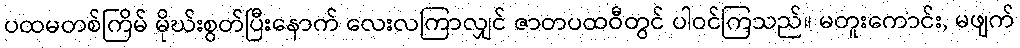
ပထမတစ်ကြိမ် မိုဃ်းစွတ်ပြီးနောက် လေးလကြာလျှင် ဇာတပထဝီတွင် ပါဝင်ကြသည်။ မတူးကောင်း, မဖျက်